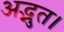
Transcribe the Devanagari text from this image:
अद्भुत।